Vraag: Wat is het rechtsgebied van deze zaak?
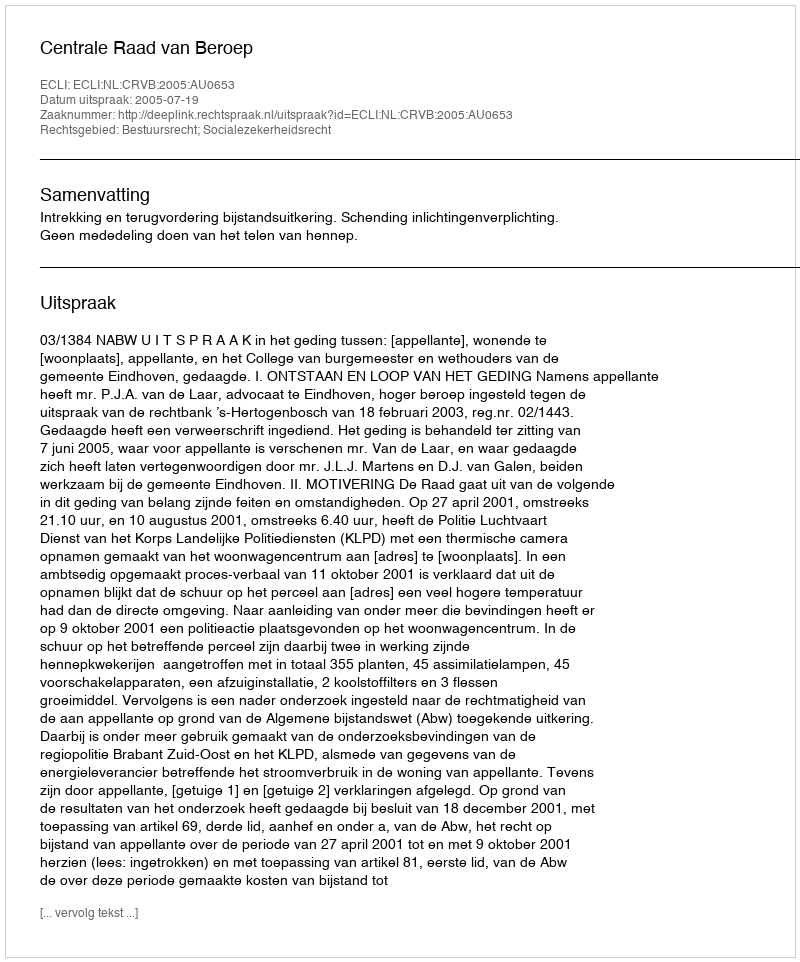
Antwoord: Bestuursrecht; Socialezekerheidsrecht